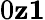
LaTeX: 0\le z\le 1